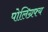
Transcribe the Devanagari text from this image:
पोलिग्रफ्य